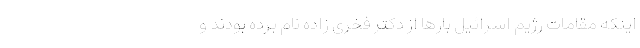
اینکه مقامات رژیم اسرائیل بارها از دکتر فخری زاده نام برده بودند و